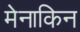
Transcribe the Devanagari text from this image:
मेनाकिन